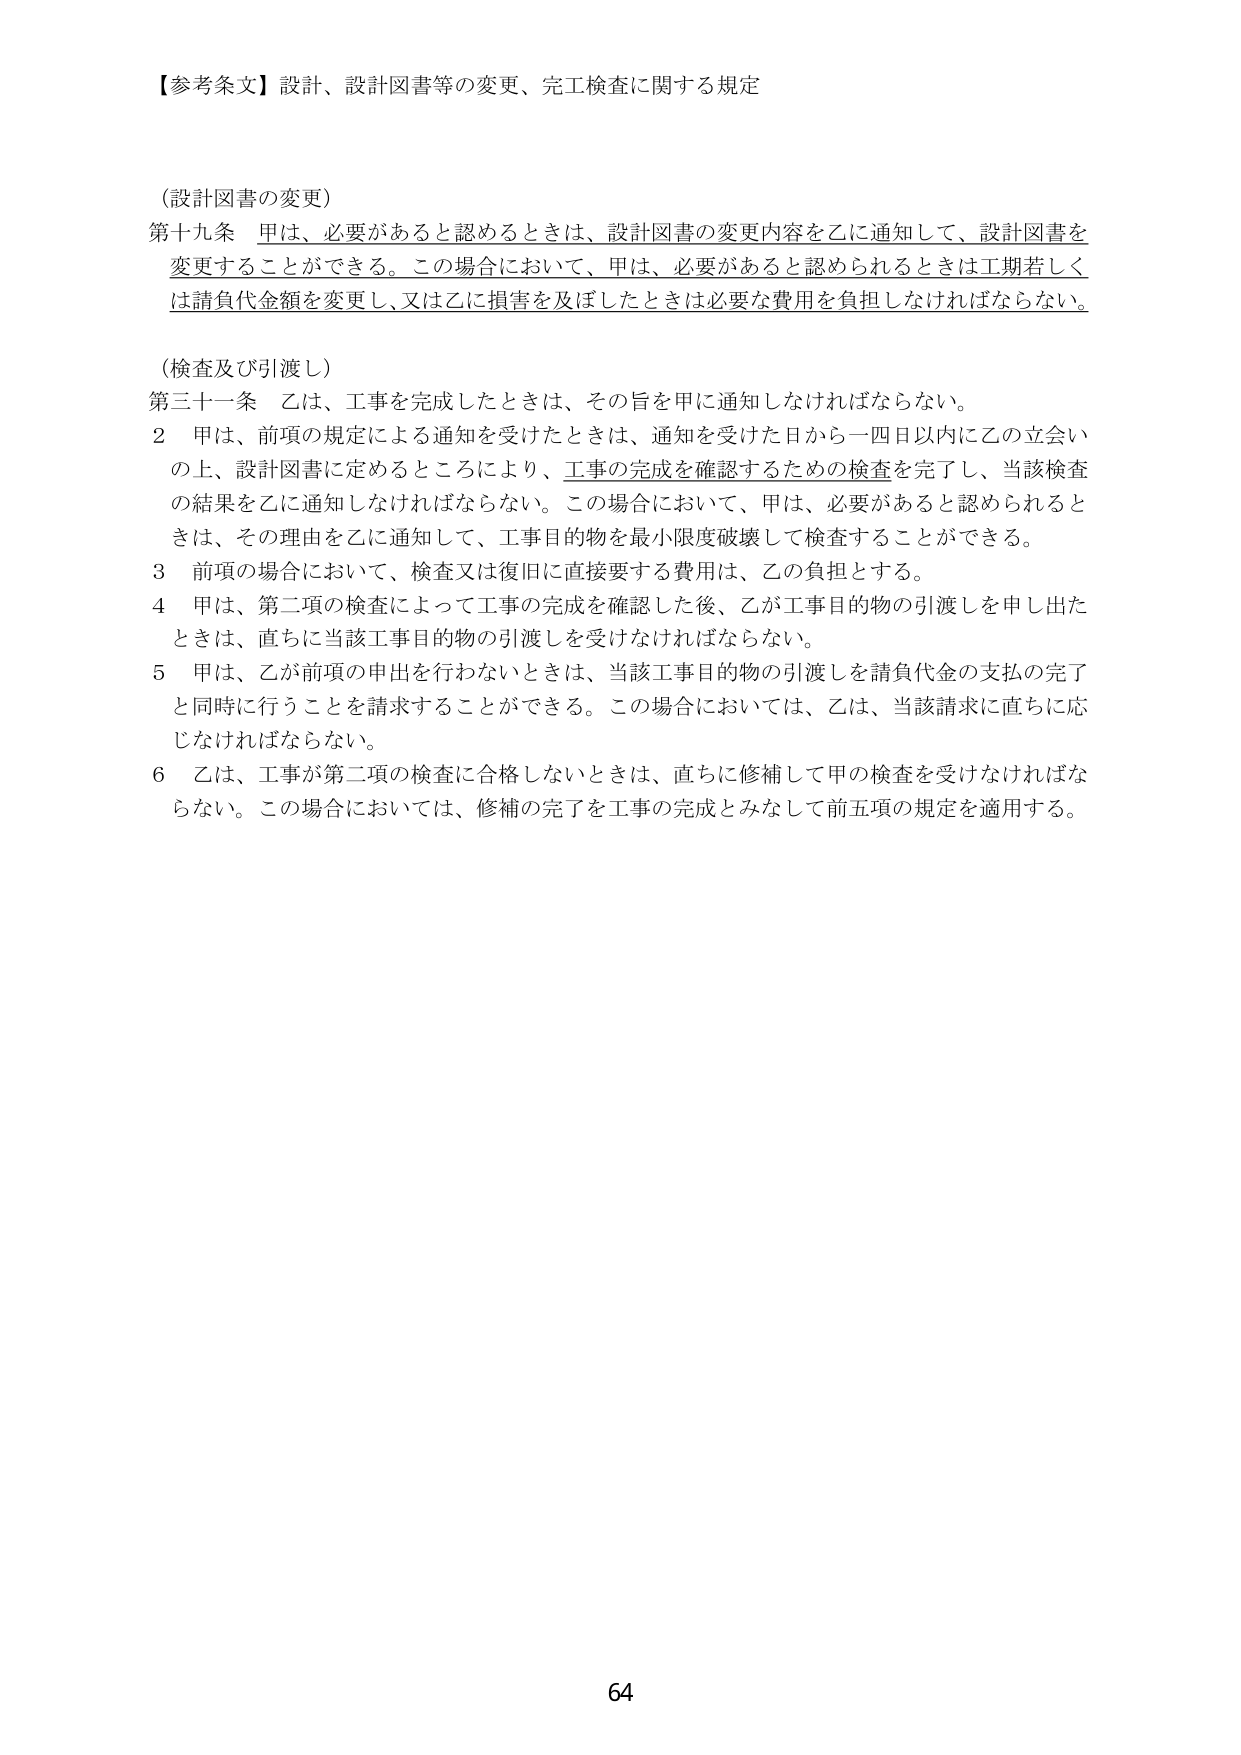
【参考条文】設計、設計図書等の変更、完工検査に関する規定

（設計図書の変更）
第十九条 甲は、必要があると認めるときは、設計図書の変更内容を乙に通知して、設計図書を変更することができる。この場合において、甲は、必要があると認められるときは工期若しくは請負代金額を変更し、又は乙に損害を及ぼしたときは必要な費用を負担しなければならない。

（検査及び引渡し）
第三十一条 乙は、工事を完成したときは、その旨を甲に通知しなければならない。
２ 甲は、前項の規定による通知を受けたときは、通知を受けた日から一四日以内に乙の立会いの上、設計図書に定めるところにより、工事の完成を確認するための検査を完了し、当該検査の結果を乙に通知しなければならない。この場合において、甲は、必要があると認められるときは、その理由を乙に通知して、工事目的物を最小限度破壊して検査することができる。
３ 前項の場合において、検査又は復旧に直接要する費用は、乙の負担とする。
４ 甲は、第二項の検査によって工事の完成を確認した後、乙が工事目的物の引渡しを申し出たときは、直ちに当該工事目的物の引渡しを受けなければならない。
５ 甲は、乙が前項の申出を行わないときは、当該工事目的物の引渡しを請負代金の支払の完了と同時に行うことを請求することができる。この場合においては、乙は、当該請求に直ちに応じなければならない。
６ 乙は、工事が第二項の検査に合格しないときは、直ちに修補して甲の検査を受けなければならない。この場合においては、修補の完了を工事の完成とみなして前五項の規定を適用する。

64